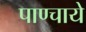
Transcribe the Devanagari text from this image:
पाण्चाये